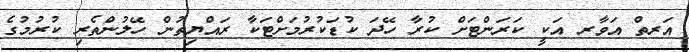
އަރތް އަވާރ އަކީ ކަރަންޓަށް ކުރާ ހޭދަ ކުޑަކުރުމަށްޓަކާ ރައްޔިތުން ހޭލުންތެރި ކުރުމުގެ